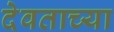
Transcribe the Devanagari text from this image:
देवताच्या